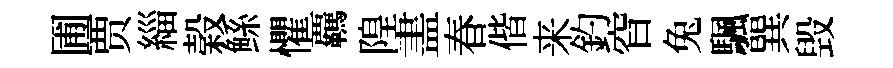
圃贾緇榖鲧懼覊隍𥁞春偕来釣窅兔颿巽毁